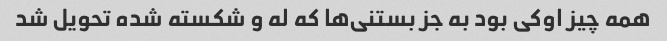
همه چیز اوکی بود به جز بستنی‌ها که له و شکسته شده تحویل شد